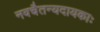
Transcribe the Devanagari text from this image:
नवचैतन्यदायकाः